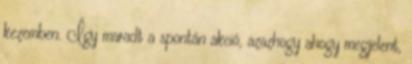
kezemben. Így maradt a spontán akció, azazhogy ahogy megjelent,